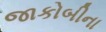
જાકોબીના